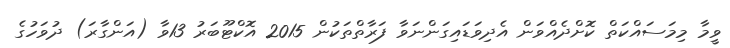
ވީމާ މިމަސައްކަތް ކޮށްދެއްވަން އެދިވަޑައިގަންނަވާ ފަރާތްތަކުން 2015 އޮކްޓޫބަރު 13ވާ (އަންގާރަ) ދުވަހުގެ